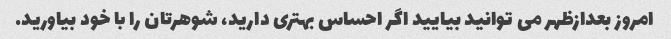
امروز بعدازظهر می توانید بیایید اگر احساس بهتری دارید، شوهرتان را با خود بیاورید.